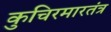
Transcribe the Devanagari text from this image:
कुचिरमारतंत्र